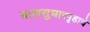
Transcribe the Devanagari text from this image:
बालसुधारगृहाचे